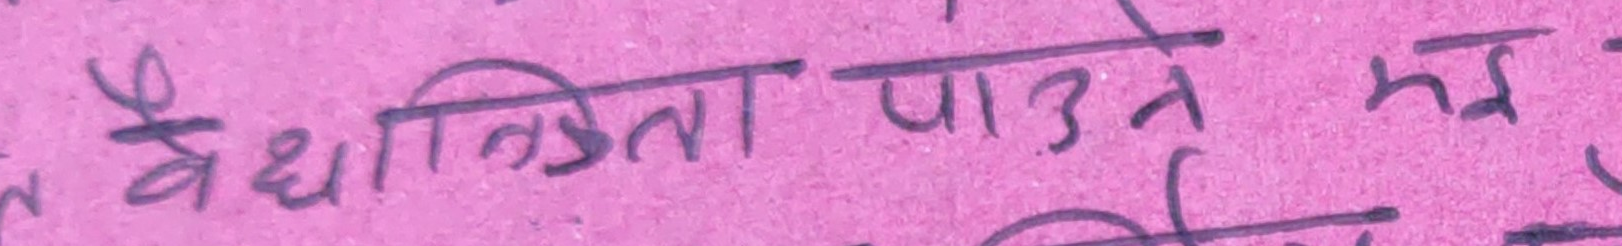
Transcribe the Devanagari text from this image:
वैधानिकता पाउने क्रम